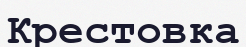
Крестовка